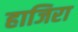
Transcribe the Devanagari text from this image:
हाजिरा